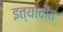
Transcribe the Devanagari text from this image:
इत्यांदींत